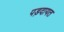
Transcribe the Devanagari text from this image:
पड़दायत